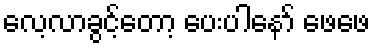
လေ့လာခွင့်တော့ ပေးပါနော် ဖေဖေ